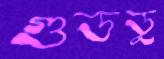
গুডডু